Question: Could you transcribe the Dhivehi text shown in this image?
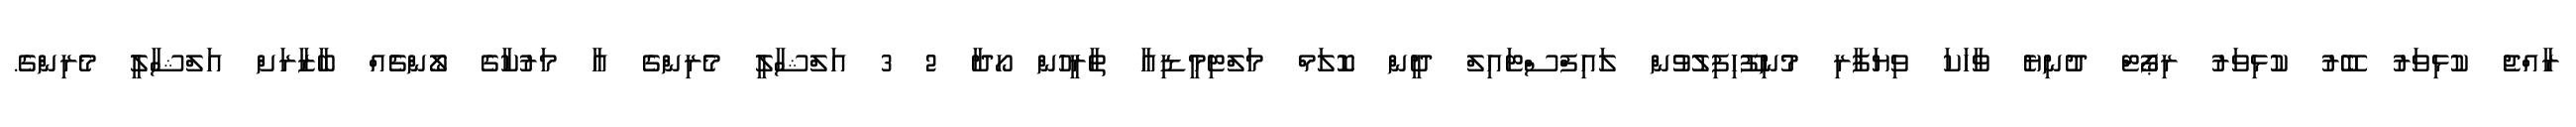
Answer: ރާއްޖެ ކުޅިވަރު ބޭރު ކުޅިވަރު ރިޕޯޓް ދުނިޔެ ވާހަކަ ވިޔަފާރި މުނިފޫހިފިލުވުން ލައިފްސްޓައިލް ދީން ކޮލަމް މަލްޓިމީޑިއާ ތާރީހުން ހޯދާ 2 3 އަލްޝާލީ މެރިންގެ އާ މަރުކާގެ ލޯންޗެއް ބާޒާރަށް އަލްޝާލީ މެރިންގެ.